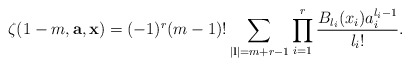
\begin{align*} \zeta(1-m,\mathbf a,\mathbf x)=(-1)^r(m-1)!\sum_{|\mathbf l|=m+r-1} \prod_{i=1}^r \frac{B_{l_i}(x_i)a_i^{l_i-1}}{l_i!}.\end{align*}